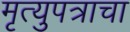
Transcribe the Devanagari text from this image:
मृत्युपत्राचा